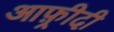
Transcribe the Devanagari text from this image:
आफ़्रीदी